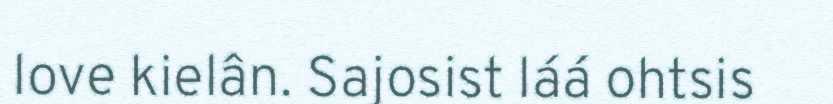
love kielân. Sajosist láá ohtsis